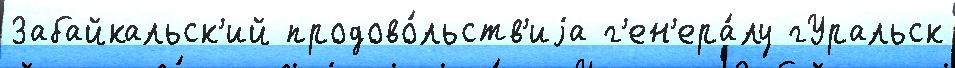
Забайкальск'ий продово́льств'иjа г'ен'ера́лу гУральск